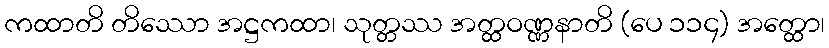
ကထာတိ တိဿော အဋ္ဌကထာ၊ သုတ္တဿ အတ္ထဝဏ္ဏနာတိ (ပေ ၁၁၄) အတ္ထော၊